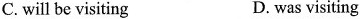
C. will be visiting D. was visiting